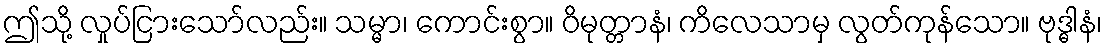
ဤသို့ လှုပ်ငြားသော်လည်း။ သမ္မာ၊ ကောင်းစွာ။ ဝိမုတ္တာနံ၊ ကိလေသာမှ လွတ်ကုန်သော။ ဗုဒ္ဓါနံ၊